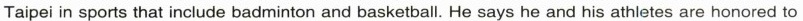
Taipei in sports that include badminton and basketball. _He says he and his athletes are honored to